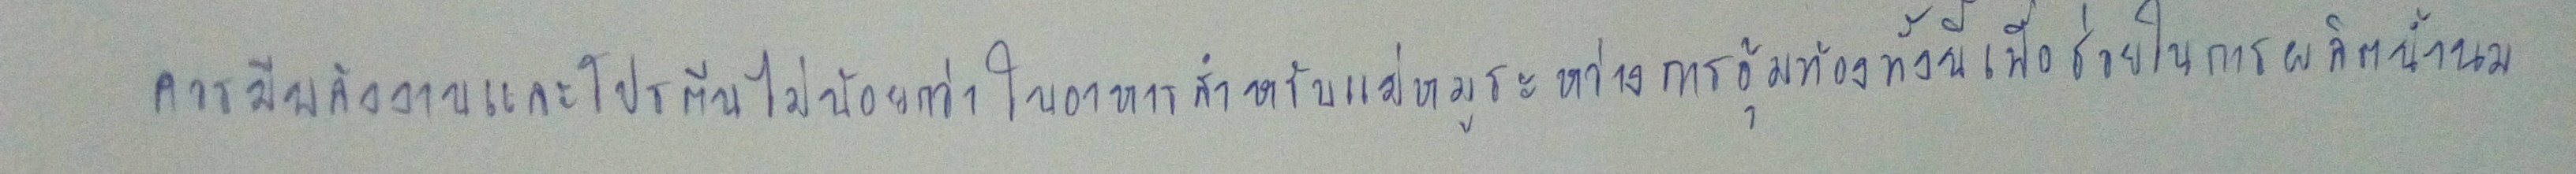
ควรมีโปรตีนและพลังงานไม่น้อยกว่าในอาหารสำหรับแม่หมูระหว่างการอุ้มท้องทั้งนี้เพื่อช่วยในการผลิตน้ำนม